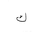
Letter: _kaf